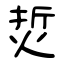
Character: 烲